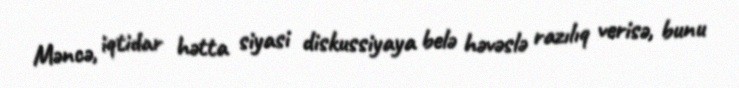
Məncə, iqtidar hətta siyasi diskussiyaya belə həvəslə razılıq verisə, bunu